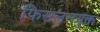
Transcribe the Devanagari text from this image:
फिसलनयुक्त